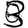
Digit: 3